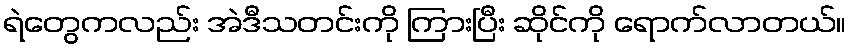
ရဲတွေကလည်း အဲဒီသတင်းကို ကြားပြီး ဆိုင်ကို ရောက်လာတယ်။